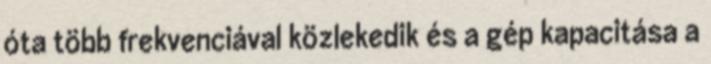
óta több frekvenciával közlekedik és a gép kapacitása a